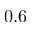
0 . 6